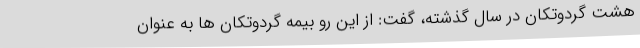
هشت گردوتکان در سال گذشته، گفت: از این رو بیمه گردوتکان ها به عنوان